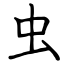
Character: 虫